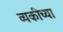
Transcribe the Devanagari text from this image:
व्यकीच्या